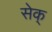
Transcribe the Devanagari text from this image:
सेक्